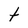
Character: t